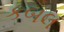
કબલ